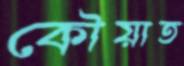
কৌয়াত